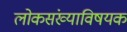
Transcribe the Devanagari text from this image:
लोकसंख्याविषयक